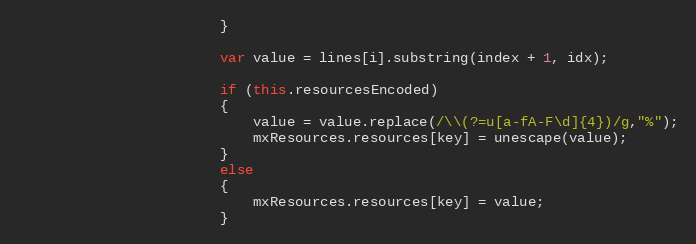
Language: JavaScript
						}

						var value = lines[i].substring(index + 1, idx);

						if (this.resourcesEncoded)
						{
							value = value.replace(/\\(?=u[a-fA-F\d]{4})/g,"%");
							mxResources.resources[key] = unescape(value);
						}
						else
						{
							mxResources.resources[key] = value;
						}